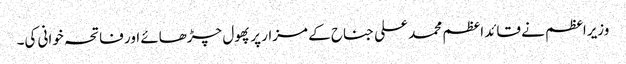
وزیراعظم نے قائد اعظم محمد علی جناح کے مزار پر پھول چڑھائے اور فاتحہ خوانی کی۔